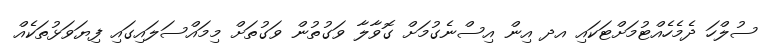
ސުލްހަ ދެމެހެއްޓުމަށްޓަކައި އދ އިން އިސްނެގުމަށް ގޮވާލާ ވަގުތުން ވަގުތަށް މިމައްސަލައިގައި ފިޔަވަޅުތަކެއް